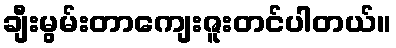
ချီးမွမ်းတာကျေးဇူးတင်ပါတယ်။